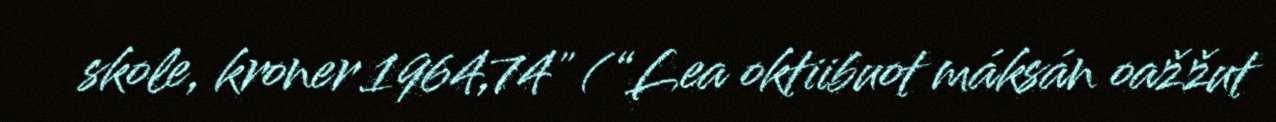
skole, kroner 1964,74" (“Lea oktiibuot máksán oažžut